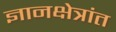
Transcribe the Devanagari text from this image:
ज्ञानक्षेत्रांत